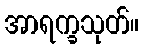
အာရက္ခသုတ်။